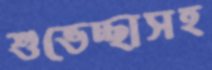
শুভেচ্ছাসহ